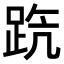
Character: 𨀫